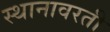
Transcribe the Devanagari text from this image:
स्थानावरती